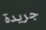
جريدة